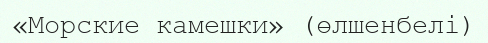
«Морские камешки» (өлшенбелі)